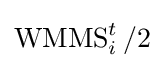
\operatorname {WMMS} _{i}^{t}/2